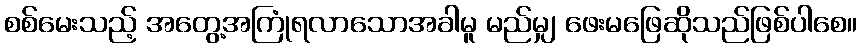
စစ်မေးသည့် အတွေ့အကြုံရလာသောအခါမူ မည်မျှ ဖေးမဖြေဆိုသည်ဖြစ်ပါစေ။